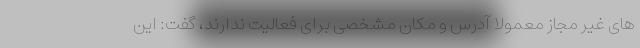
های غیر مجاز معمولا آدرس و مکان مشخصی برای فعالیت ندارند، گفت: این